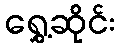
ရွှေ့ဆိုင်း